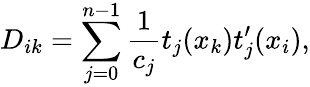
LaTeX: D_{ik}=\sum_{j=0}^{n-1}\frac{1}{c_{j}}t_{j}(x_{k})t_{j}^{\prime}(x_{i}),